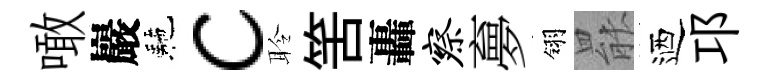
噉巖駰c聆筈轟察夣翎罷迺邛